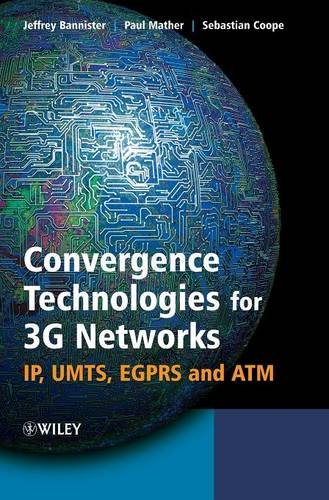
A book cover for Convergence Technologies for 3G Networks: IP, UMTS, EGPRS and ATM; Jeffrey Bannister; Computers & Technology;